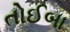
તોઈબા